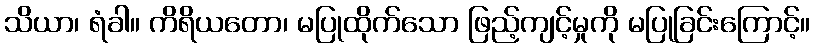
သိယာ၊ ရံခါ။ ကိရိယတော၊ မပြုထိုက်သော ဖြည့်ကျင့်မှုကို မပြုခြင်းကြောင့်။